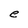
Character: e